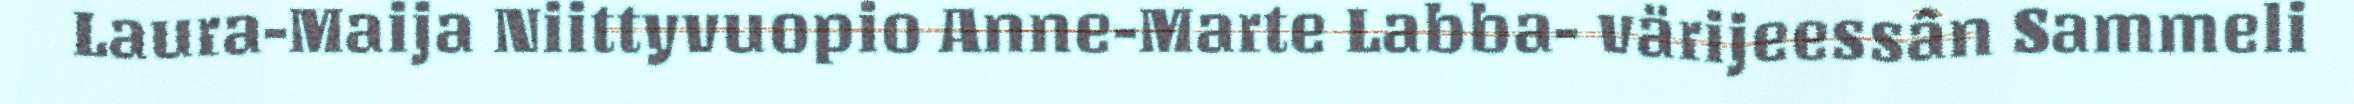
Laura-Maija Niittyvuopio Anne-Marte Labba- värijeessân Sammeli